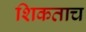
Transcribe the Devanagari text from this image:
शिकताच